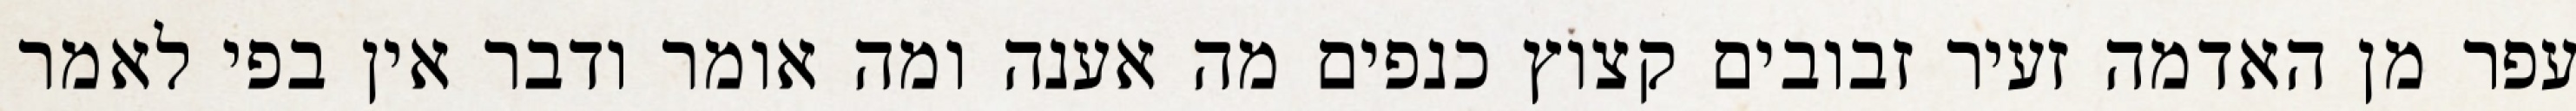
עפר מן האדמה זעיר זבובים קצוץ כנפים מה אענה ומה אומר ודבר אין בפי לאמר